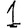
Digit: 1